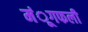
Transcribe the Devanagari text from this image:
मंूगफली